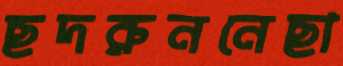
ছদরুননেছা